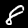
Digit: 8